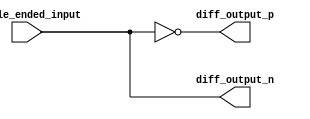
module differential_buffer (
    input single_ended_input,
    output diff_output_p,
    output diff_output_n
);

// Complementary inverters
assign diff_output_p = ~single_ended_input;
assign diff_output_n = single_ended_input;

endmodule